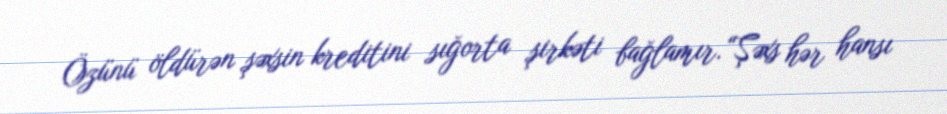
Özünü öldürən şəxsin kreditini sığorta şirkəti bağlamır.“Şəxs hər hansı